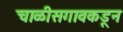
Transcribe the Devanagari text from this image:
चाळीसगावकडून